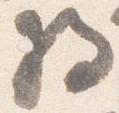
将